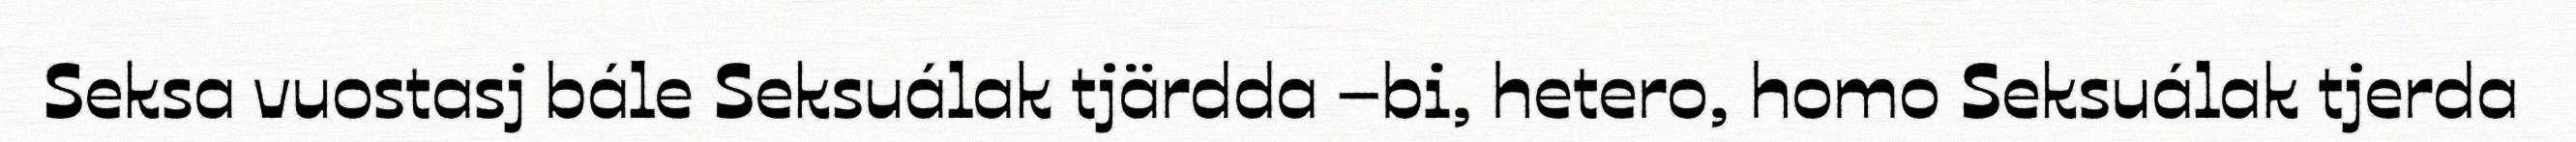
Seksa vuostasj bále Seksuálak tjärdda –bi, hetero, homo Seksuálak tjerda